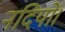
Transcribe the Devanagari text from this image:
नदियों।